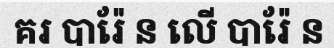
គរ បារ៉ែ ន លើ បារ៉ែ ន